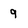
Character: 9